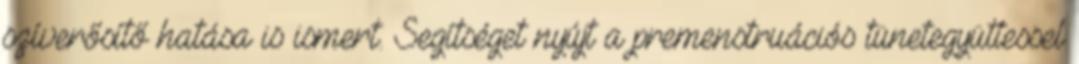
szíverősítő hatása is ismert. Segítséget nyújt a premenstruációs tünetegyüttessel